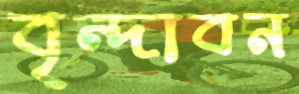
বৃন্দাবন